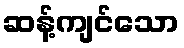
ဆန့်ကျင်သော